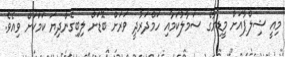
މިއީ ޝިލްޕާއަށް މީޑިޔާގެ ސަމާލުކަމާއި ހަމްދަރުދީ ވަރަށް ބޮޑަށް ލިބިގެންދިޔަ ކަމަކަށް ވިއެވެ.